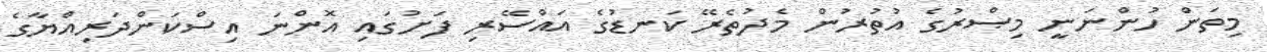
މިތަން ހުންނަނީ މިޞްރުގެ އުތުރުން މެދުތެރޭ ކަނޑުގެ އައްސޭރި ފަށުގައި އޮންނަ އިސްކަންދަރިއްޔާގެ